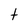
Character: t